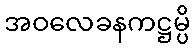
အဝလေခနကဋ္ဌမ္ပိ